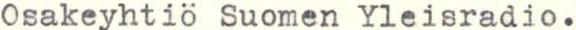
Osakeyhtiö Suomen Yleisradio.